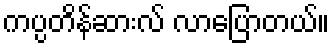
ကပ္ပတိန်ဆားလ် လာပြောတယ်။